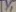
Text: y1